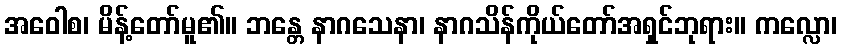
အဝေါစ၊ မိန့်တော်မူ၏။ ဘန္တေ နာဂသေနာ၊ နာဂသိန်ကိုယ်တော်အရှင်ဘုရား။ ကလ္လော၊